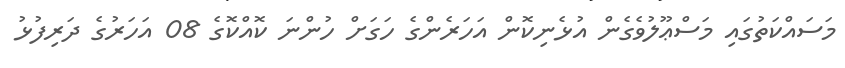
މަސައްކަތުގައި މަސްޢޫލުވެގެން އުޅެނިކޮން އަހަރެންގެ ހަގަށް ހުންނަ ކޮއްކޮގެ 08 އަހަރުގެ ދަރިފުޅު